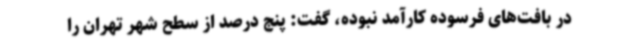
در بافت‌های فرسوده کارآمد نبوده، گفت: پنج درصد از سطح شهر تهران را